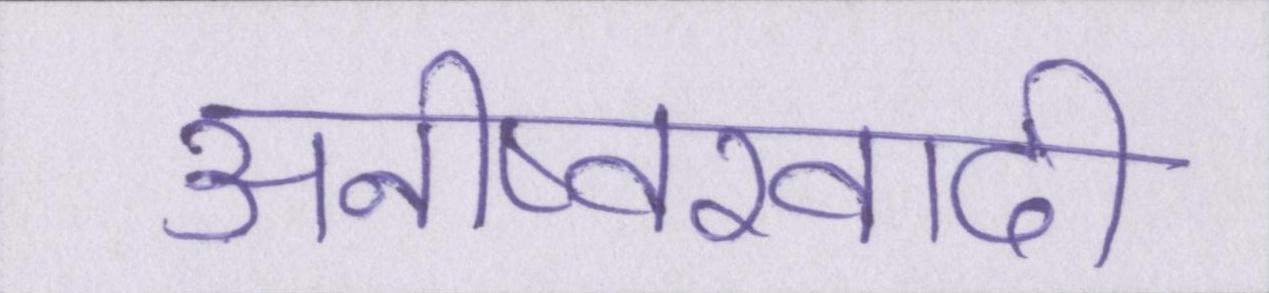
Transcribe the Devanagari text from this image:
अनीष्वरवादी